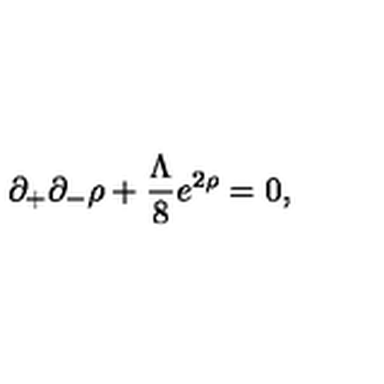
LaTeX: \partial _ { + } \partial _ { - } \rho + \frac { \Lambda } { 8 } e ^ { 2 \rho } = 0 ,